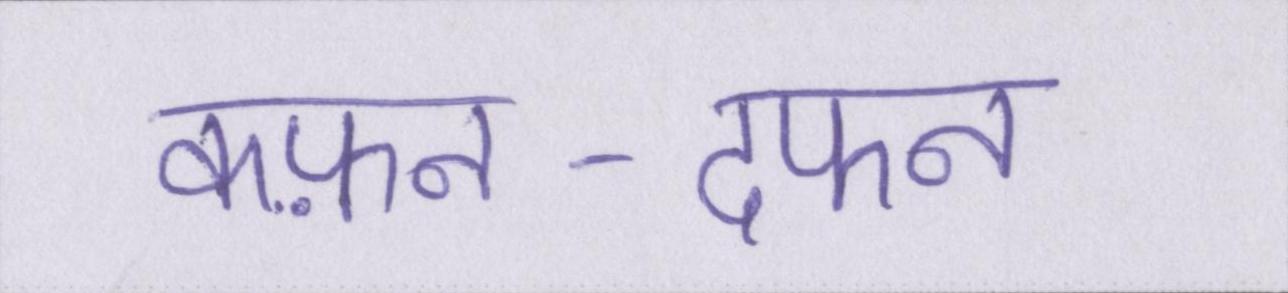
कफ़न-दफन